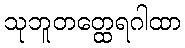
သုဘူတတ္ထေရဂါထာ